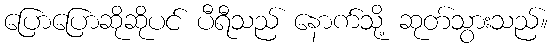
ပြောပြောဆိုဆိုပင် ပီရီသည် နောက်သို့ ဆုတ်သွားသည်။